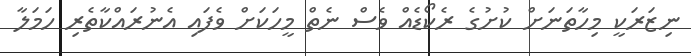
ނިޒަރަކީ މިހާތަނަށް ކުށުގެ ރެކޯޑެއް ވެސް ނެތް މީހަކަށް ވެފައި އެނުރައްކާތެރި ހަމަލާ